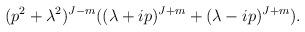
LaTeX: \begin{align*}(p^{2}+\lambda ^{2})^{J-m} ((\lambda +ip)^{J+m}+(\lambda -ip)^{J+m}) .\end{align*}